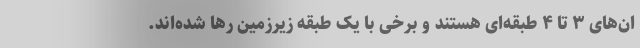
ان‌های ۳ تا ۴ طبقه‌ای هستند و برخی با یک طبقه زیرزمین رها شده‌اند.